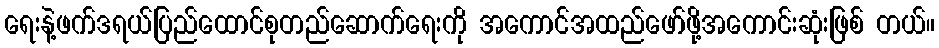
ရေးနဲ့ဖက်ဒရယ်ပြည်ထောင်စုတည်ဆောက်ရေးကို အကောင်အထည်ဖော်ဖို့အကောင်းဆုံးဖြစ် တယ်။